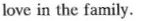
love in the family.